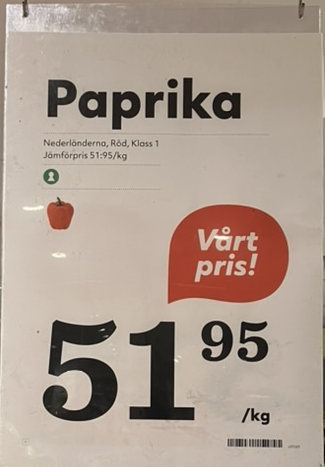
Vara: Paprika
Genomsnittspris: 51.95 per kg